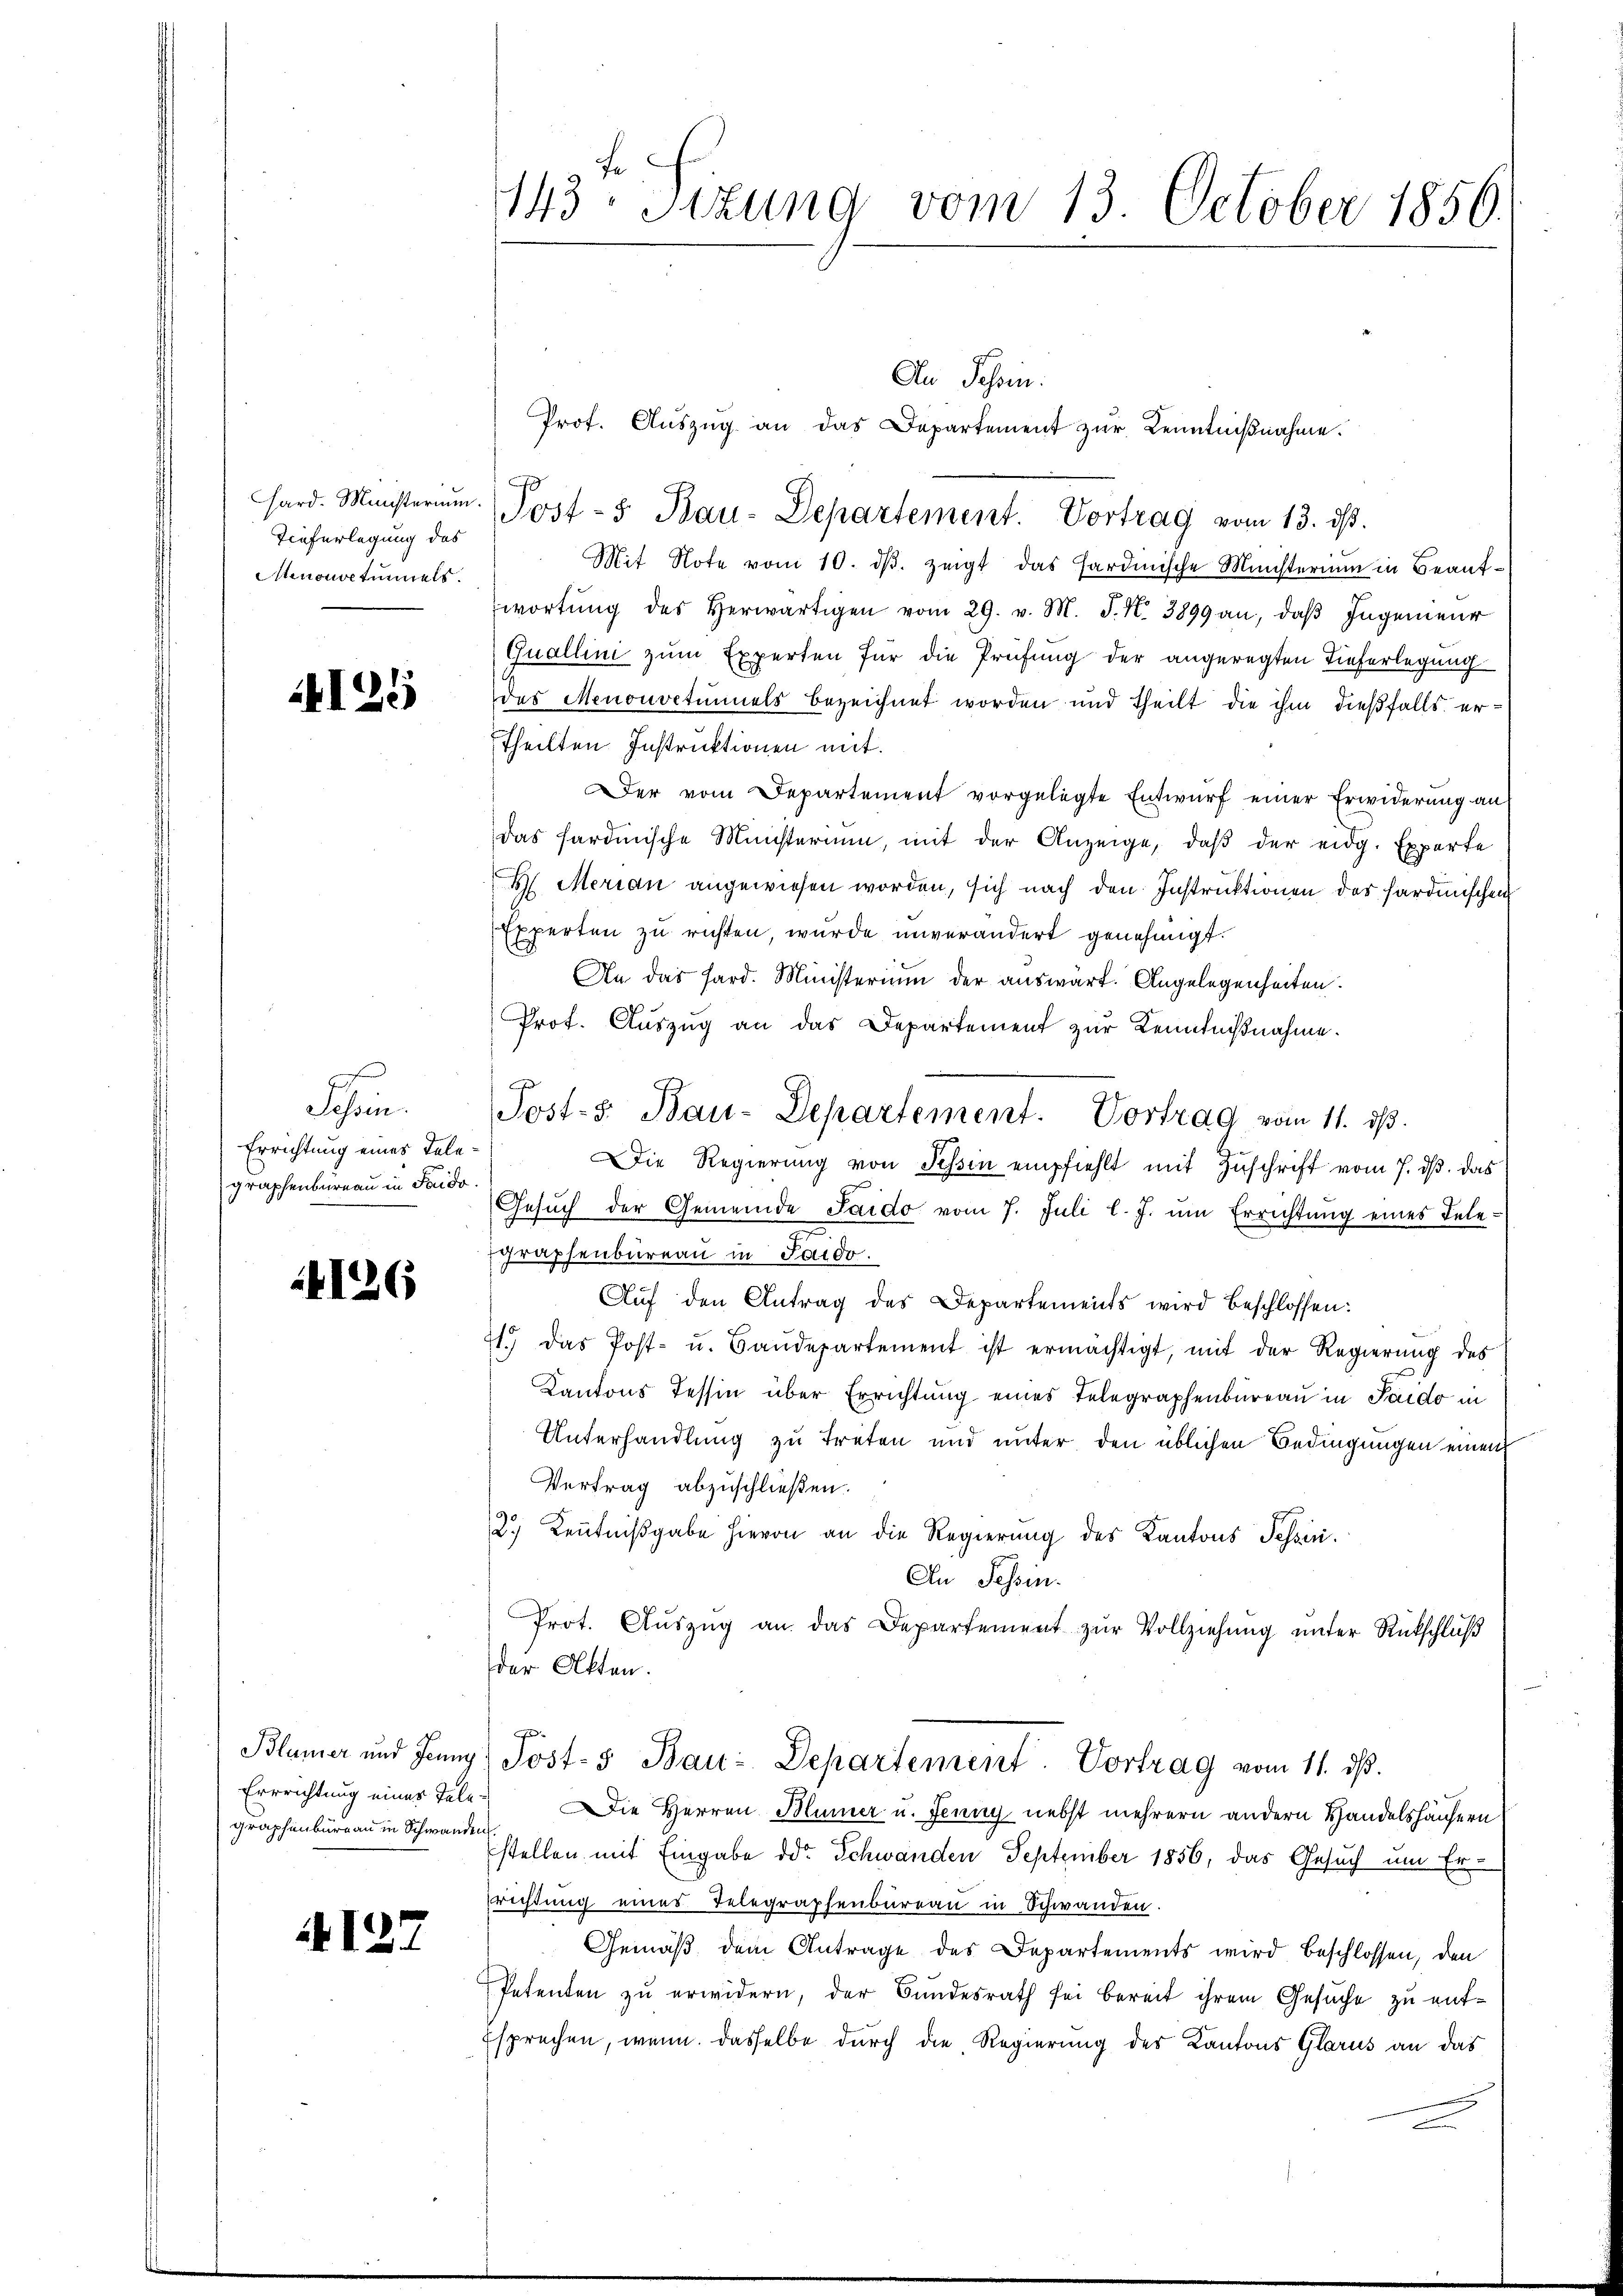
Tieferlegung des
nonstimmels.

125

Sch
Errichtung eines Telegraphenbüreau in Frido

126

Blümer und Jenny
Errrichtung eines Tele
graphenburg an in Schwanden

A127

143ten Sizung vom 13. October 1856.

An Schein.
Prof. Aŭszŭg an das Departement zŭr Kenntniβnahme.
hard. Münsterium. Post- & Bau-Departement. Vortrag vom 13. ds.
Mit Note vom 10. dβ. zeigt das sardinische Ministerium in Beaufwortŭng des herwärtigen vom 29. v. M. J. N. 3899 an, daβ Ingenieur
Quallini zum Experten für die Prüfung der angeregten Tieferlegung
des Menonoctinnels bezeichnet worden und theilt die ihm dießfalls er¬
Theilten Instruktionen mit.
Der vom Departement vorgelegte Entwurf einer Erwiderung an
das hardinische Münsterium, mit der Anzeige, daβ der eidg. Experte
H. Merian angewiesen worden, sich nach den Instruktionen des Hardmischen
Experten zu richten, wurde unverändert genehmigt.
An das Hard. Ministerium der auswärt. Angelegenheiten.
Prof. Aŭszŭg an das Departement zur Kenntnißnahme.
Die Regierung von Tessin empfiehlt mit Zuschrift vom 7. ds. das
Gesŭch der Gemeinde Saido vom 7. Juli l. J. ŭm Errichtŭng eines Telegraphenbureau in Saido.
Auf den Antrag des Departements wird beschlossen:
71. Das Post- u. Baŭdepartement ist ermächtigt, mit der Regierung des
Kantons Tessin über Errichtung eines Telegraphenbureau in Paido in
Unterhandlung zu treten und unter den üblichen Bedingungen einen
Vertrag abzuschließen.
2.) Kenntnißgabe hievon an die Regierung des Kantons Tessin.
An Tessin.
Prot. Aŭszŭg an das Departement zŭr Vollziehung unter Rückschluß
der Akten.
) Post- & Bau-Departement. Vortrag vom 11. ds.
 Die Herren Blümer u. Jenny nebst mehrern andern Handelshäusern
stellen mit Eingabe der Schwanden September 1856, das Gesuch um Er¬
Erichtung eines Telegraphenbureau in Schwanden.
Gemäß dem Antrage des Departements wird beschlossen, den
Petenten zu erwidern, der Bundesrath sei bereit ihrem Gesuche zu ent¬
Esprechen, wenn dasselbe durch die Regierung des Kantons Glarus an das

Post-S. Bau-Departement. Vortrag vom 11. ds.